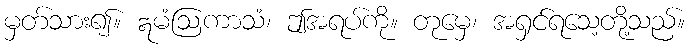
မှတ်သား၍။ ဣမံဩကာသံ၊ ဤအရပ်ကို။ တုမှေ၊ အရှင်ရသေ့တို့သည်။